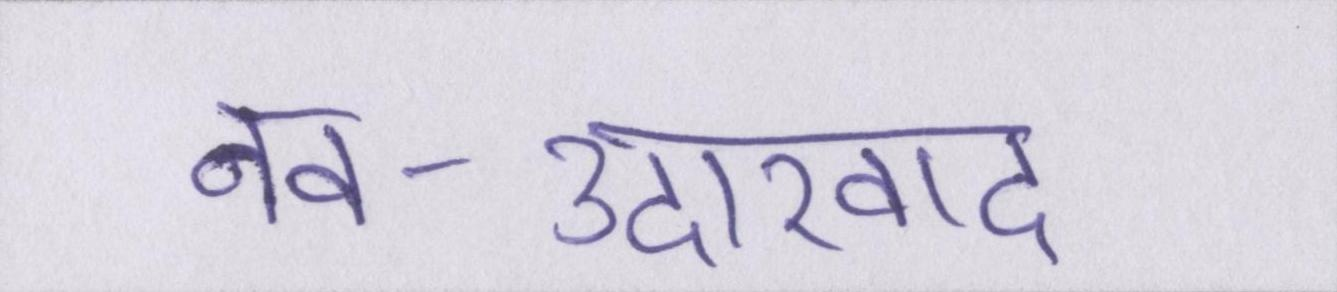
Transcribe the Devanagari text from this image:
नव-उदारवाद